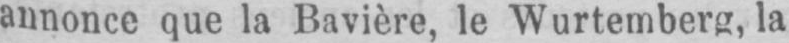
annonce que la Bavière, le Wurtemberg, la